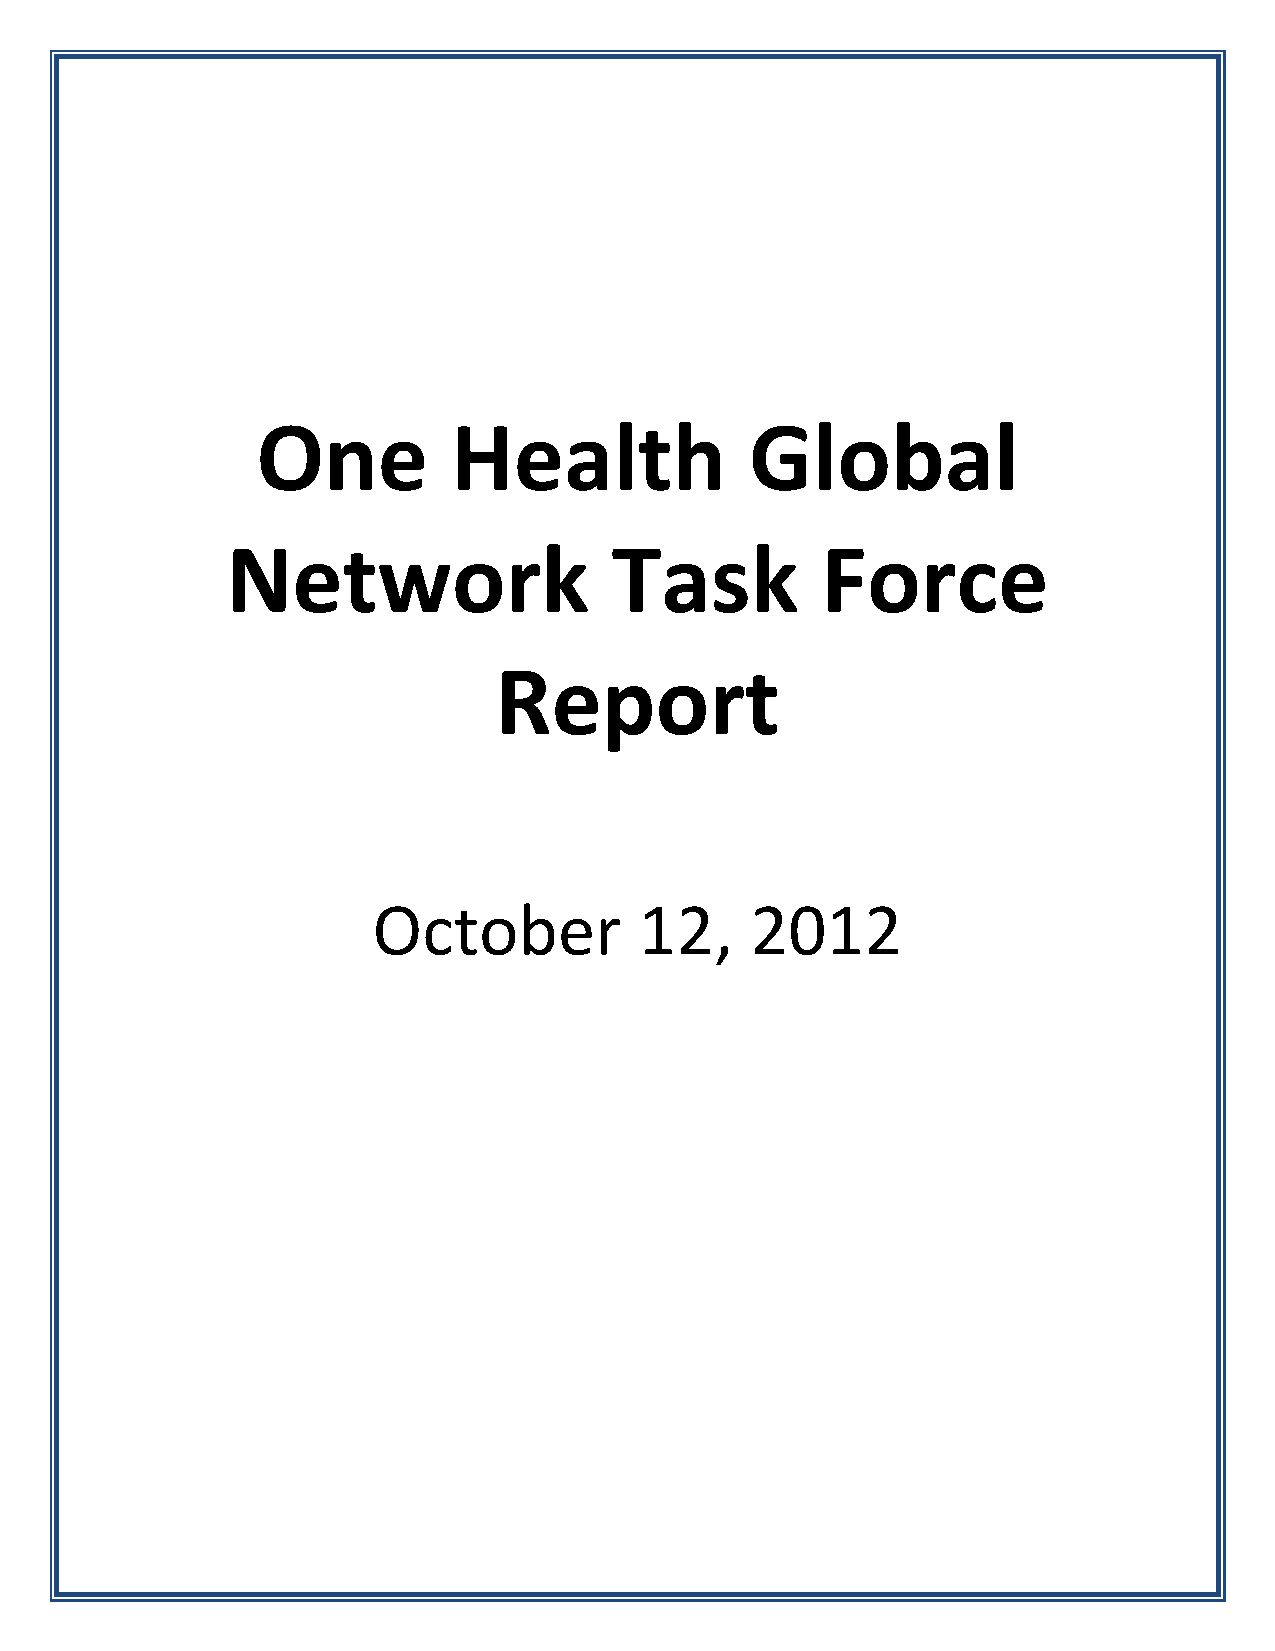
One          Health              Global
 Network                   Task         Force
 Report
 October          12,     2012